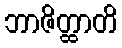
ဘာဇိတ္ထာတိ